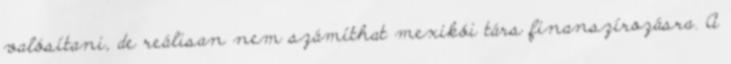
valósítani, de reálisan nem számíthat mexikói társ finanszírozásra. A